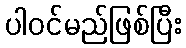
ပါဝင်မည်ဖြစ်ပြီး